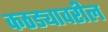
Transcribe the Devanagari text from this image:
कठड्यावरील